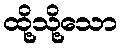
ထို့သို့သော